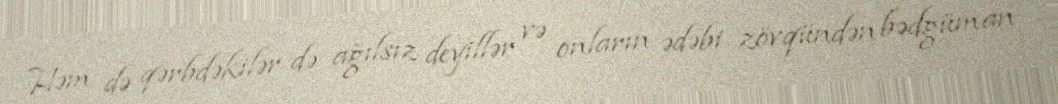
Həm də qərbdəkilər də ağılsız deyillər və onların ədəbi zövqündən bədgüman